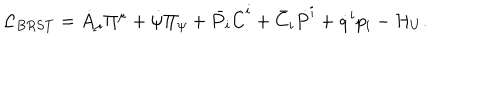
LaTeX: { \cal L } _ { B R S T } = \dot { A } _ { \mu } \Pi ^ { \mu } + \dot { \psi } \Pi _ { \psi } + \bar { P } _ { i } \dot { C } ^ { i } + \bar { C } _ { i } \dot { P } ^ { i } + \dot { q } ^ { i } p _ { i } - { \cal H } _ { U } .